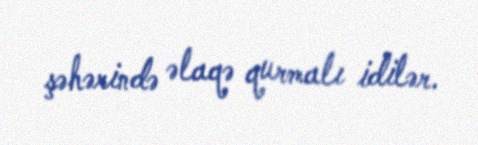
şəhərində əlaqə qurmalı idilər.